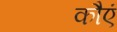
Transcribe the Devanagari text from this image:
कौएं